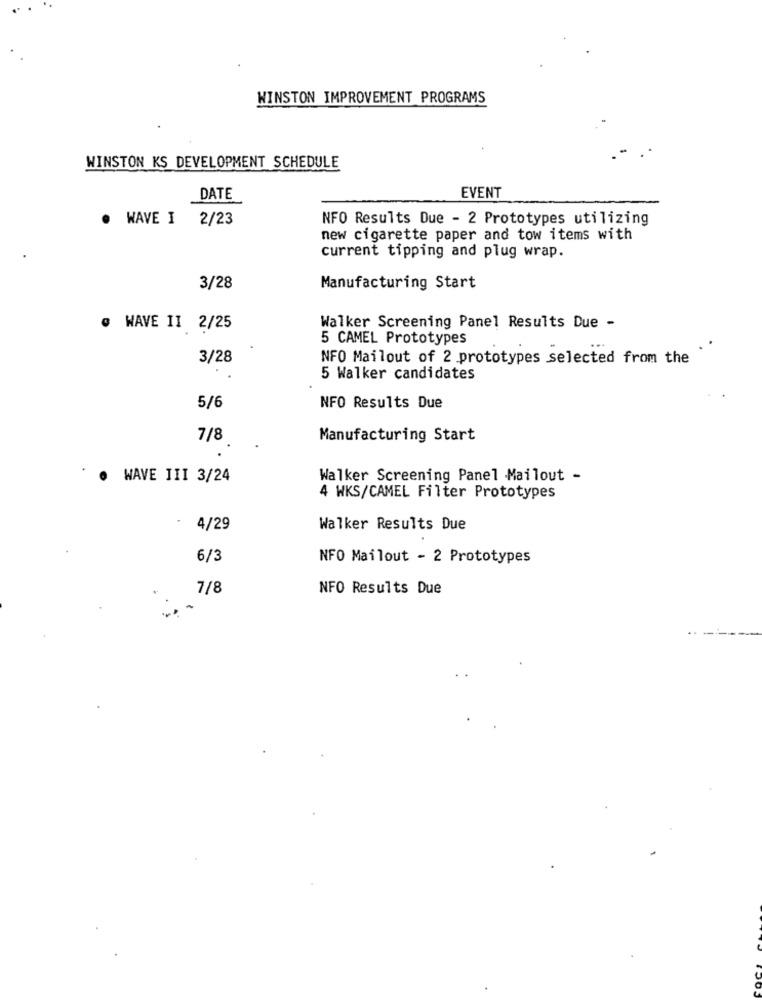
WINSTON IMPROVEMENT PROGRAMS
WINSTON KS DEVELOPMENT SCHEDULE
DATE
EVENT
WAVE I
2/23
NFO Results Due - 2 Prototypes utilizing
new cigarette paper and tow items with
current tipping and plug wrap.
3/28
Manufacturing Start
@ WAVE II 2/25
Walker Screening Panel Results Due -
5 CAMEL Prototypes
3/28
NFO Mailout of 2 prototypes selected from the
5 Walker candidates
5/6
NFO Results Due
7/8
Manufacturing Start
.
WAVE III 3/24
Walker Screening Panel Mailout -
4 WKS/CAMEL Filter Prototypes
4/29
Walker Results Due
6/3
NFO Mailout - 2 Prototypes
7/8
NFO Results Due